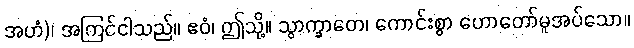
အဟံ)၊ အကြင်ငါသည်။ ဧဝံ၊ ဤသို့။ သွာက္ခာတေ၊ ကောင်းစွာ ဟောတော်မူအပ်သော။